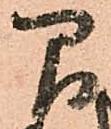
間